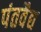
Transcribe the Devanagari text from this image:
पंतवैद्य